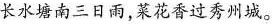
长水塘南三日雨，菜花香过秀州城。